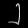
Digit: ၂